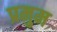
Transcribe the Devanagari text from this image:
प्रमुम